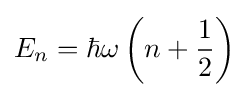
E_{n}=\hbar \omega \left(n+{\frac {1}{2}}\right)